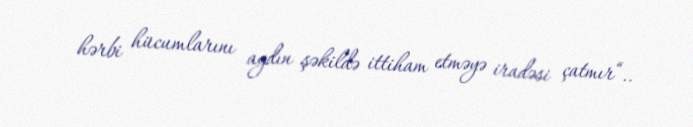
hərbi hücumlarını aydın şəkildə ittiham etməyə iradəsi çatmır“..